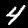
Digit: 4